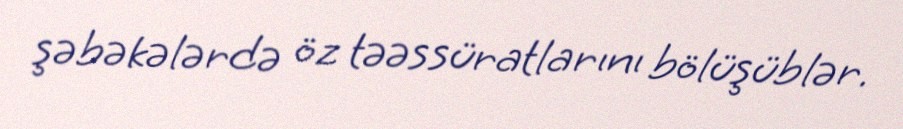
şəbəkələrdə öz təəssüratlarını bölüşüblər.